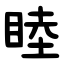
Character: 睦